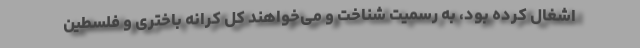
اشغال کرده بود، به رسمیت شناخت و می‌خواهند کل کرانه ‌باختری و فلسطین